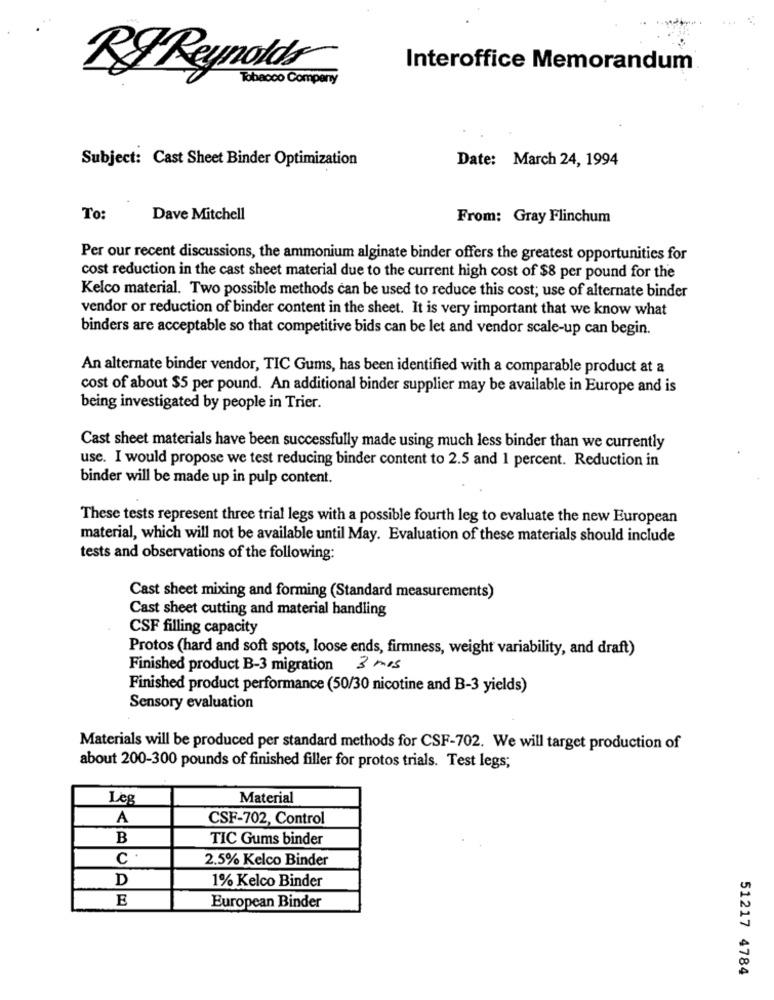
RFReynolds
Interoffice Memorandum®
Tobacco Company
Subject: Cast Sheet Binder Optimization
Date: March 24, 1994
To:
Dave Mitchell
From: Gray Flinchum
Per our recent discussions, the ammonium alginate binder offers the greatest opportunities for
cost reduction in the cast sheet material due to the current high cost of $8 per pound for the
Kelco material. Two possible methods can be used to reduce this cost; use of alternate binder
vendor or reduction of binder content in the sheet. It is very important that we know what
binders are acceptable so that competitive bids can be let and vendor scale-up can begin.
An alternate binder vendor, TIC Gums, has been identified with a comparable product at a
cost of about $5 per pound. An additional binder supplier may be available in Europe and is
being investigated by people in Trier.
Cast sheet materials have been successfully made using much less binder than we currently
use. I would propose we test reducing binder content to 2.5 and 1 percent. Reduction in
binder will be made up in pulp content.
These tests represent three trial legs with a possible fourth leg to evaluate the new European
material, which will not be available until May. Evaluation of these materials should include
tests and observations of the following:
Cast sheet mixing and forming (Standard measurements)
Cast sheet cutting and material handling
CSF filling capacity
Protos (hard and soft spots, loose ends, firmness, weight variability, and draft)
Finished product B-3 migration
3 mis
Finished product performance (50/30 nicotine and B-3 yields)
Sensory evaluation
Materials will be produced per standard methods for CSF-702. We will target production of
about 200-300 pounds of finished filler for protos trials. Test legs;
Leg
Material
A
CSF-702, Control
B
TIC Gums binder
C ·
2.5% Kelco Binder
D
1% Kelco Binder
E
European Binder
51217 4784